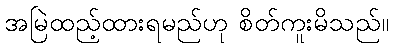
အမြဲထည့်ထားရမည်ဟု စိတ်ကူးမိသည်။